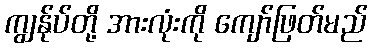
ကျွန်ုပ်တို့ အားလုံးကို ကျော်ဖြတ်မည်